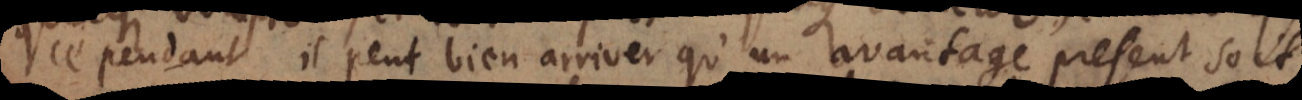
Cependant il peut bien arriver qu’un avantage present soit